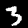
Label: 3